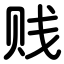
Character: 贱